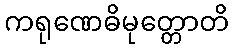
ကရုဏေဓိမုတ္တောတိ